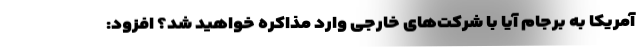
آمریکا به برجام آیا با شرکت‌های خارجی وارد مذاکره خواهید شد؟ افزود: